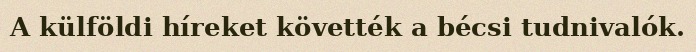
A külföldi híreket követték a bécsi tudnivalók.